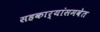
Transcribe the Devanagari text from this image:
सहकार्‍यांसमवेत